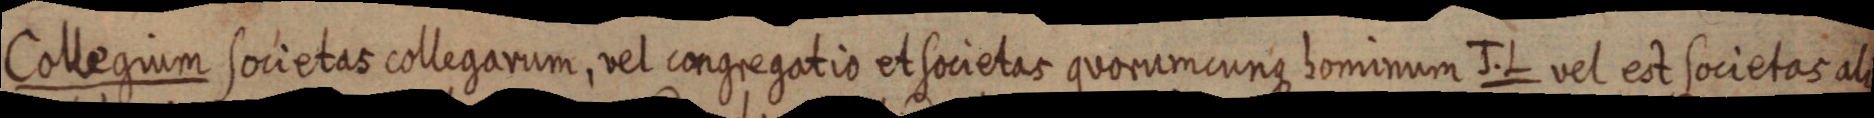
Collegium societas collegarum, vel congregatio et societas quorumcunque hominum J. L vel est societas ali